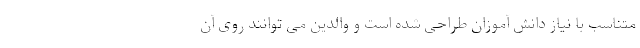
متناسب با نیاز دانش آموزان طراحی شده است و والدین می توانند روی آن